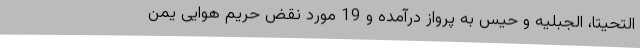
التحیتا، الجبلیه و حیس به پرواز درآمده و 19 مورد نقض حریم هوایی یمن